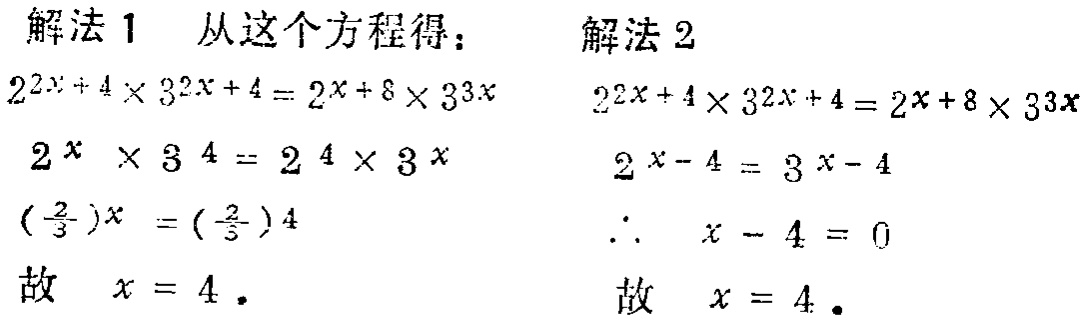
解法 1 从这个方程得：

\[

\begin{align*}

2^{2x + 4}\times3^{2x + 4}&=2^{x + 8}\times3^{3x}\\

2^{x}\times3^{4}&=2^{4}\times3^{x}\\

(\frac{2}{3})^{x}&=(\frac{2}{3})^{4}

\end{align*}

\]

故 \(x = 4\).

解法 2

\[

\begin{align*}

2^{2x + 4}\times3^{2x + 4}&=2^{x + 8}\times3^{3x}\\

2^{x - 4}&=3^{x - 4}\\

\therefore x - 4&= 0

\end{align*}

\]

故 \(x = 4\).